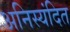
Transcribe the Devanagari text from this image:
अनिस्यंदित